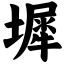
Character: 墀